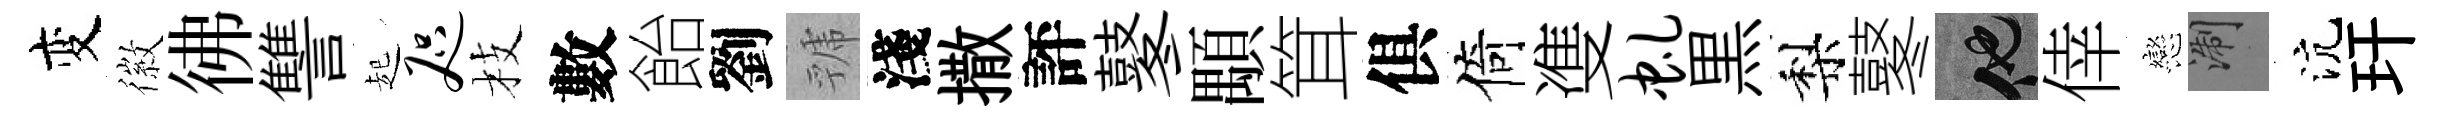
变徽彿讐起咫枝數飴劉虢淺撒評鼕顒䇯俱倚㕠虬黒梨鼕他倖戀浙沆玕